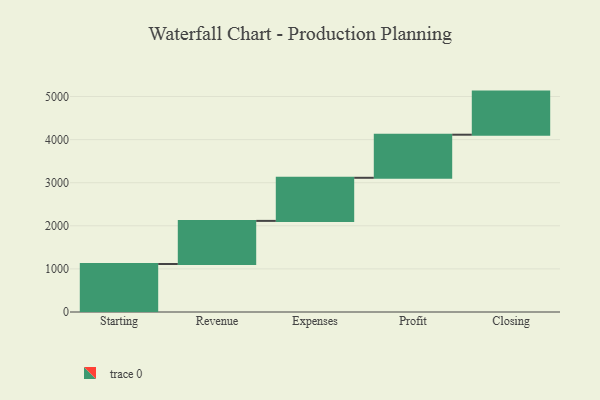
{"axis": {"x": "Step", "y": "Value"}, "legend": [""], "data": [{"x": "Starting", "y": 1114.0, "type": ""}, {"x": "Revenue", "y": 1000, "type": ""}, {"x": "Expenses", "y": 1000, "type": ""}, {"x": "Profit", "y": 1000, "type": ""}, {"x": "Closing", "y": 1000, "type": ""}]}